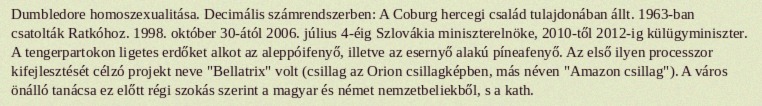
Dumbledore homoszexualitása. Decimális számrendszerben: A Coburg hercegi család tulajdonában állt. 1963-ban csatolták Ratkóhoz. 1998. október 30-ától 2006. július 4-éig Szlovákia miniszterelnöke, 2010-től 2012-ig külügyminiszter. A tengerpartokon ligetes erdőket alkot az aleppóifenyő, illetve az esernyő alakú píneafenyő. Az első ilyen processzor kifejlesztését célzó projekt neve "Bellatrix" volt (csillag az Orion csillagképben, más néven "Amazon csillag"). A város önálló tanácsa ez előtt régi szokás szerint a magyar és német nemzetbeliekből, s a kath.